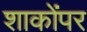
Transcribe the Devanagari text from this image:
शाकोंपर